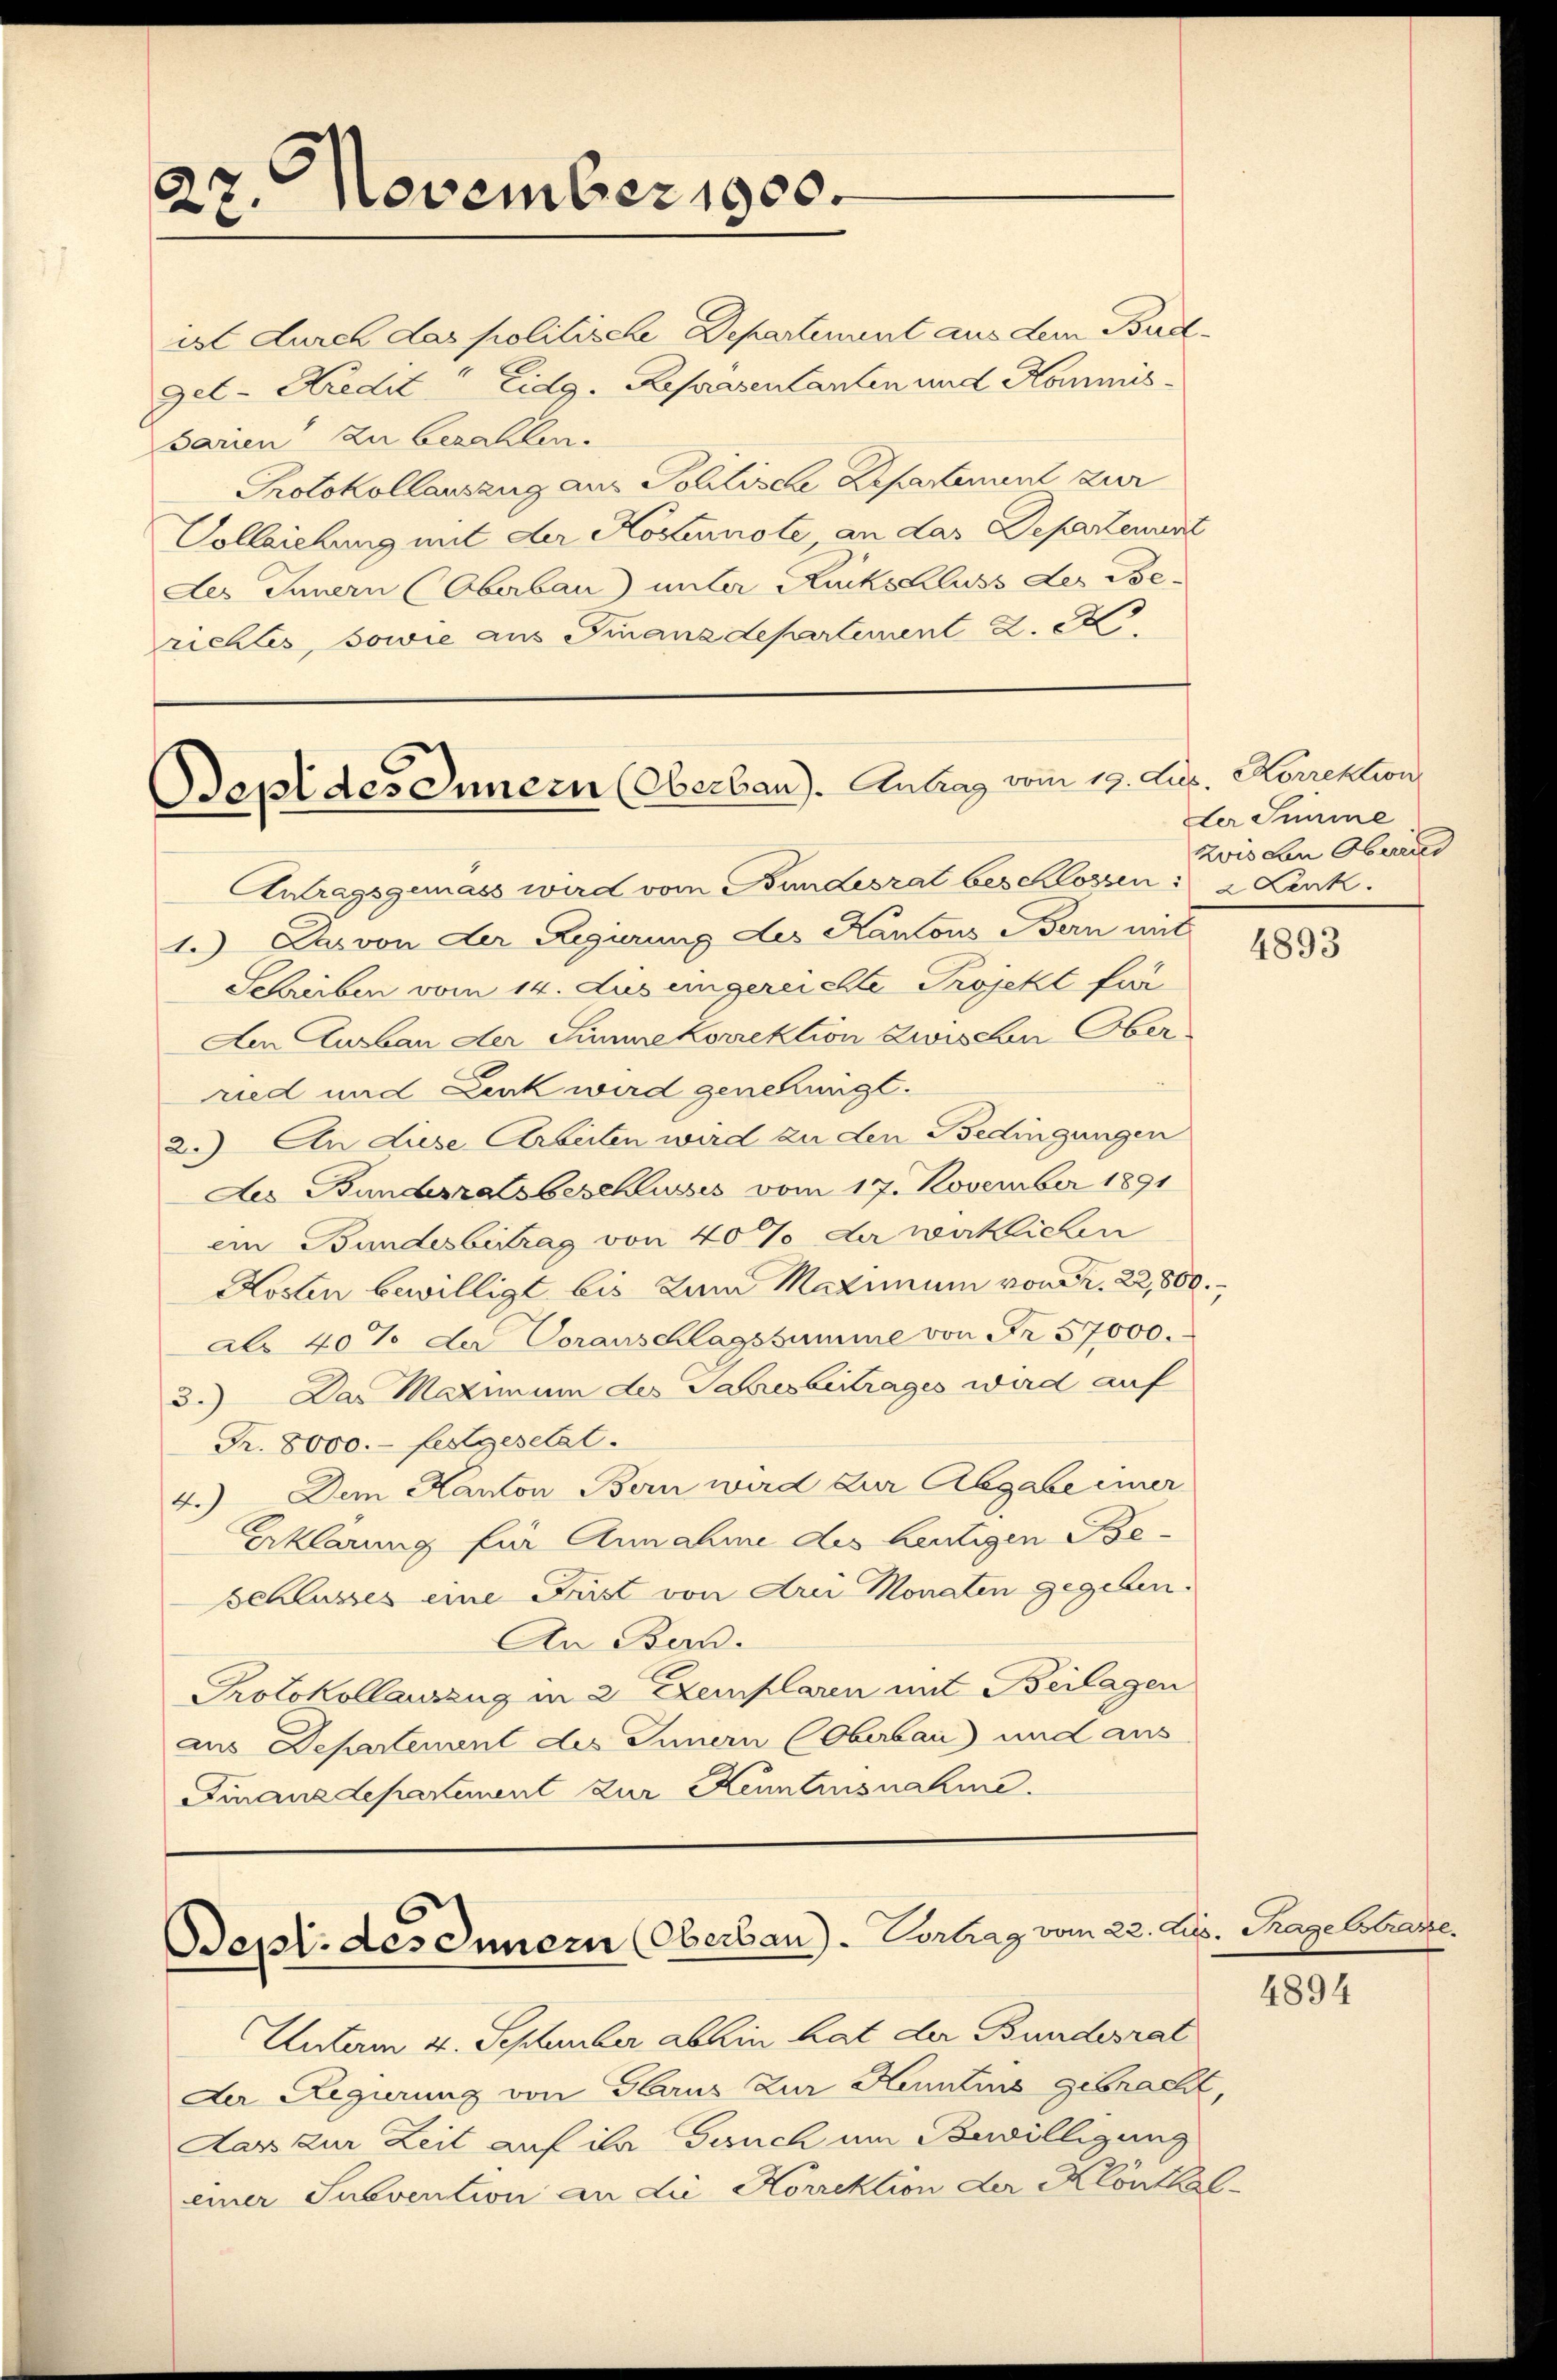
November 1900.
27.

Bepl des Innern (Oberbau). Antrag vom 19. Aug. Korrektion

ist durch das politische Departement aus dem Bud¬
Gel-Kredit Eidg. Repräsentanten und Kommis¬
Sarien zu bezahlen.
Protokollauszug aus Politische Repartement zur
Vollziehung mit der Kostenste an das Departenunt
des Innern (Oberbau) unter Rückschluss des Be-
richtes, sowie aus Finanzdepartement 2. A

Bepl. des Innern (Oberbau) - Vortrag vom 22. Au¬

Antragsgemass wird vom Bundesrat beschlossen: 2 Link.
1.) Das von der Regierung des Kantons Bern mit
Schreiben vom 14. dus eingereichte Projekt für
Aen Ausbau der Summe korrektion zwischen Oberried und Lenk wird genehmigt.
2.) An diese Arbeiten wird zu den Bedingungen
Aes Bundeszatsbeschlusses vom 17. November 1891
ein Bundesbeitrag von 40% der wirklichen
Kosten bewilligt bis zum Maximum von S. 22,800.
als 40% der Voranschlagssumme von Fr. 57000.
3.) Das Maximum des Jahresbeitrages wird auf
Fr. 8000.- festgesetzt.
Dem Kanton Bern wird zur Abgabe imer
2.)
Erklärung für Annahme des heutigen Be-
Schlusses eine Frist von drei Monaten gegeben.
An Bern.
Protokollauszug in 2 Exemplaren mit Beilagen
aus Departement des Innern Oberbau) und aus
Finanzdepartement zur Kenntnusnahme.

Unterm 4. September abhin hat der Bundesrat
Der Regierung von Glarus zur Hennins gebracht,
Aar zur Zeit auf ihr Gesuch um Bewilligung
einer Subvention an die Korrektion der Klönthal¬

Ler Simme
Zvis den Obera

4893

8. Tage strare.

4894